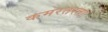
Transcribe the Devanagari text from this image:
कमरतरता